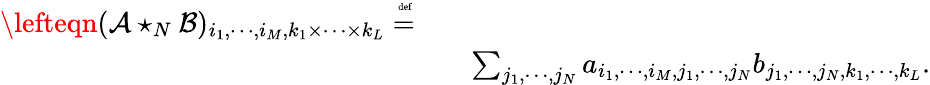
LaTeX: \begin{array}{rlr}{\lefteqn{(\mathcal{A}\star_{N}\mathcal{B})_{i_{1},\cdots,i_{M},k_{1}\times\cdots\times k_{L}}\stackrel{\mathrm{\tiny~def}}{=}}}\\ &{}&{\sum_{j_{1},\cdots,j_{N}}a_{i_{1},\cdots,i_{M},j_{1},\cdots,j_{N}}b_{j_{1},\cdots,j_{N},k_{1},\cdots,k_{L}}.}\end{array}